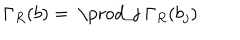
\Gamma _ { R } ( b ) = \mathrm { ~ \prod _ { j } ~ } \Gamma _ { R } ( b _ { j } )